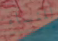
للنساء